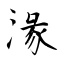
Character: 湪